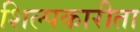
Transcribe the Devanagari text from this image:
शिल्पकारीता